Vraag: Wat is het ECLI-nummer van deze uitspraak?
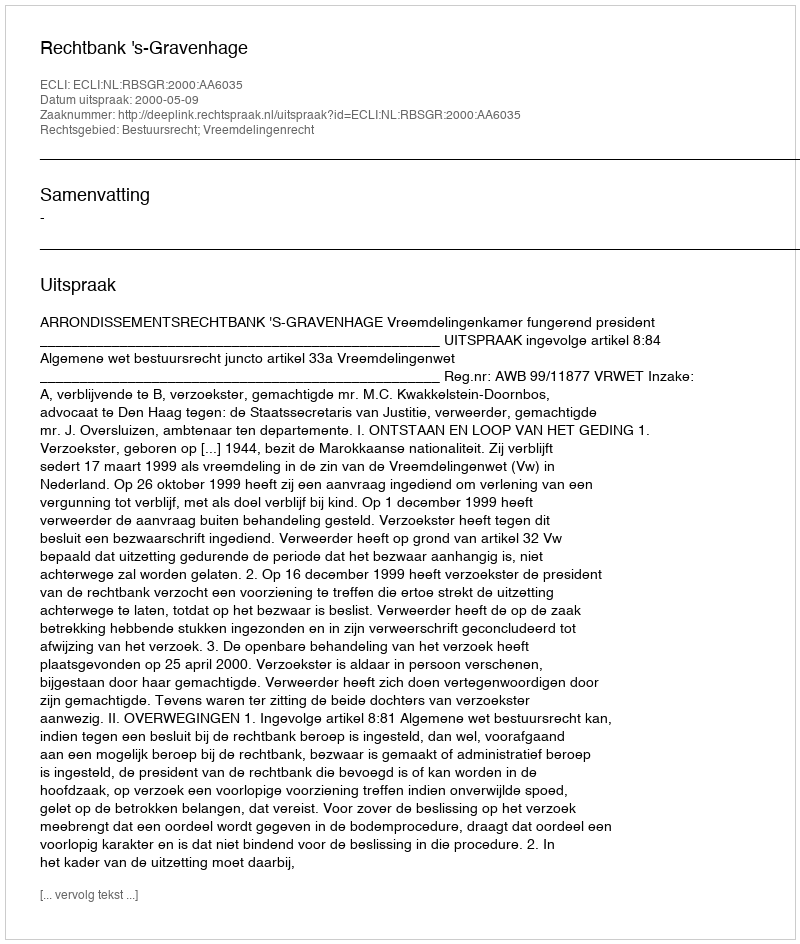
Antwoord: ECLI:NL:RBSGR:2000:AA6035